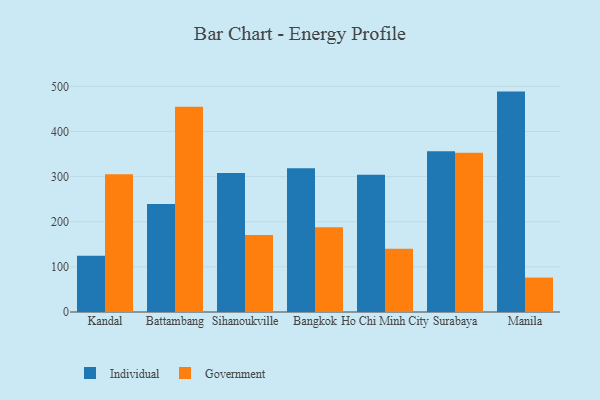
{"axis": {"x": "City", "y": "Net Income (USD K)"}, "legend": ["Government", "Individual"], "data": [{"x": "Kandal", "y": 124.6, "type": "Individual"}, {"x": "Kandal", "y": 305.4, "type": "Government"}, {"x": "Battambang", "y": 239.1, "type": "Individual"}, {"x": "Battambang", "y": 454.8, "type": "Government"}, {"x": "Sihanoukville", "y": 308.1, "type": "Individual"}, {"x": "Sihanoukville", "y": 170.7, "type": "Government"}, {"x": "Bangkok", "y": 318.5, "type": "Individual"}, {"x": "Bangkok", "y": 187.8, "type": "Government"}, {"x": "Ho Chi Minh City", "y": 304.1, "type": "Individual"}, {"x": "Ho Chi Minh City", "y": 139.9, "type": "Government"}, {"x": "Surabaya", "y": 356.0, "type": "Individual"}, {"x": "Surabaya", "y": 352.6, "type": "Government"}, {"x": "Manila", "y": 488.3, "type": "Individual"}, {"x": "Manila", "y": 76.3, "type": "Government"}]}